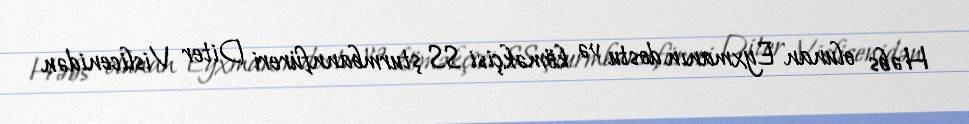
Həbs olunan Eyxmanın dostu və köməkçisi SS şturmbannfüreri Diter Vislicenidən